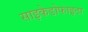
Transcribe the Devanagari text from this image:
साइकेडोफाइटा